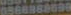
0566989699